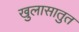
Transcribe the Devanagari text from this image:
खुलासातुत